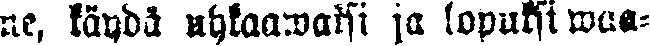
ne, käydä uhkaawaksi ja lopuksi waa-